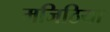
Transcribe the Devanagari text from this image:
मजिठिया